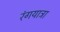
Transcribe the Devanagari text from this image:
रंगयात्रा